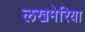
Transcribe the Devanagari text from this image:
लखमेरिया